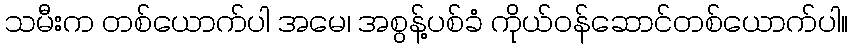
သမီးက တစ်ယောက်ပါ အမေ၊ အစွန့်ပစ်ခံ ကိုယ်ဝန်ဆောင်တစ်ယောက်ပါ။